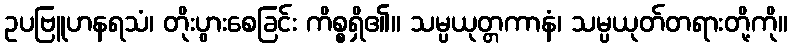
ဥပဗြူဟနရသံ၊ တိုးပွားစေခြင်း ကိစ္စရှိ၏။ သမ္ပယုတ္တကာနံ၊ သမ္ပယုတ်တရားတို့ကို။